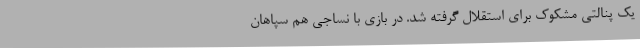
یک پنالتی مشکوک برای استقلال گرفته شد. در بازی با نساجی هم سپاهان